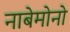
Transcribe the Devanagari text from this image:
नाबेमोनो